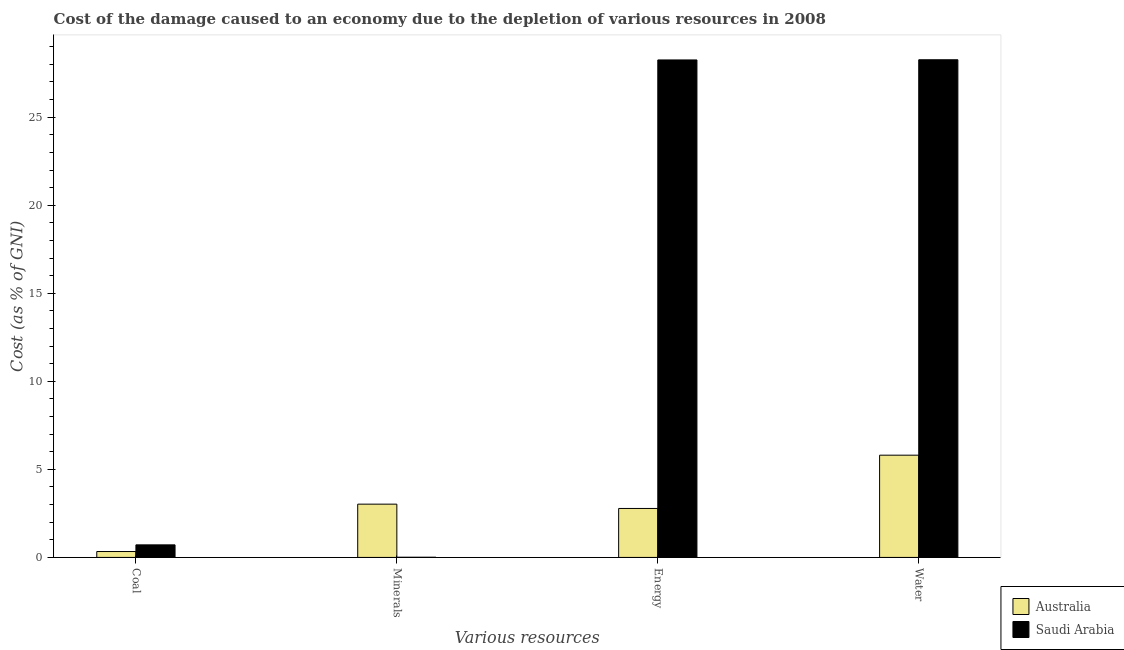
| Various resources | Australia | Saudi Arabia |
 | --- | --- | --- |
 | Coal | 0.335 | 0.713 |
 | Minerals | 3.03 | 0.0106 |
 | Energy | 2.78 | 28.3 |
 | Water | 5.81 | 28.3 |